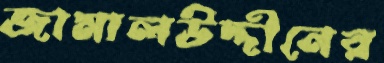
জামালউদ্দীনের